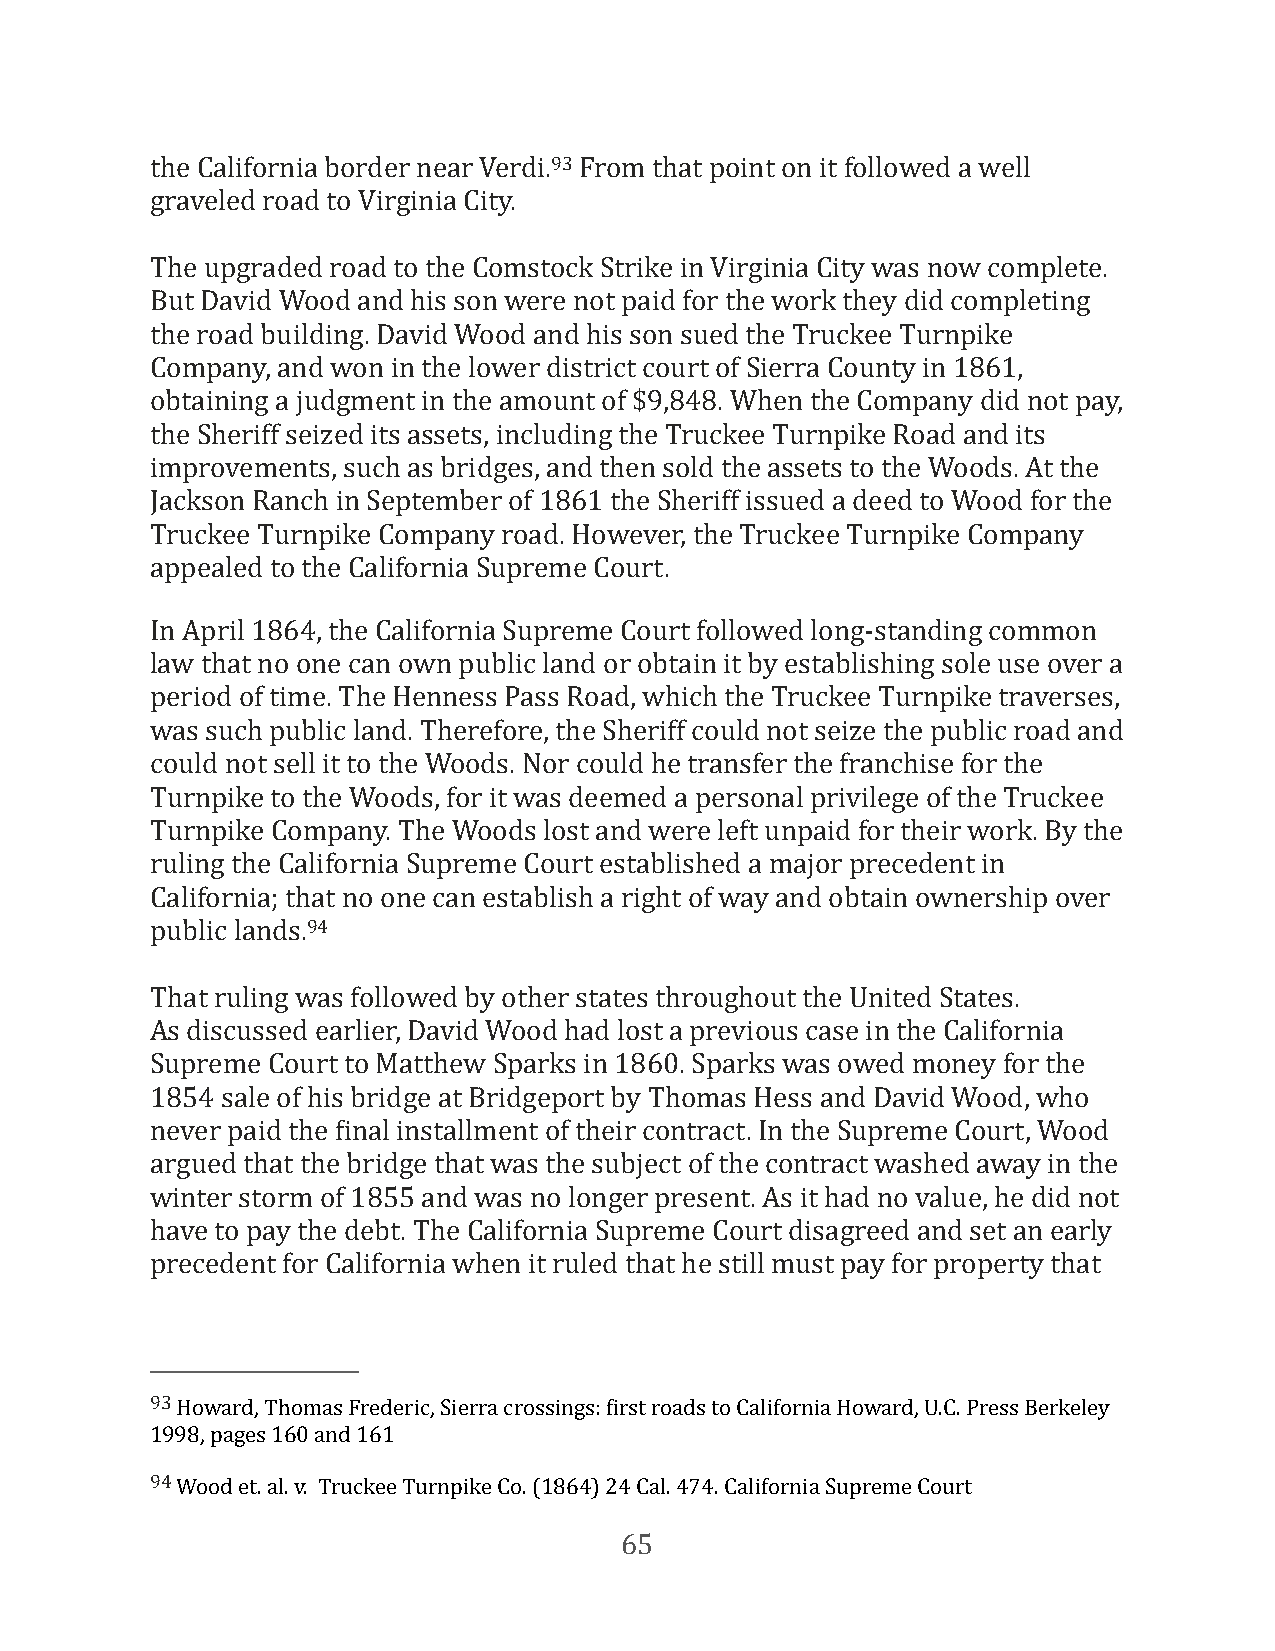
the California border near Verdi.93 From that point on it followed a well
 graveled road to Virginia City.
 The upgraded road to the Comstock Strike in Virginia City was now complete.
 But David Wood and his son were not paid for the work they did completing
 the road building. David Wood and his son sued the Truckee Turnpike
 Company, and won in the lower district court of Sierra County in 1861,
 obtaining a judgment in the amount of $9,848. When the Company did not pay,
 the Sheriff seized its assets, including the Truckee Turnpike Road and its
 improvements, such as bridges, and then sold the assets to the Woods. At the
 Jackson Ranch in September of 1861 the Sheriff issued a deed to Wood for the
 Truckee Turnpike Company road. However, the Truckee Turnpike Company
 appealed to the California Supreme Court.
 In April 1864, the California Supreme Court followed long-standing common
 law that no one can own public land or obtain it by establishing sole use over a
 period of time. The Henness Pass Road, which the Truckee Turnpike traverses,
 was such public land. Therefore, the Sheriff could not seize the public road and
 could not sell it to the Woods. Nor could he transfer the franchise for the
 Turnpike to the Woods, for it was deemed a personal privilege of the Truckee
 Turnpike Company. The Woods lost and were left unpaid for their work. By the
 ruling the California Supreme Court established a major precedent in
 California; that no one can establish a right of way and obtain ownership over
 public lands.94
 That ruling was followed by other states throughout the United States.
 As discussed earlier, David Wood had lost a previous case in the California
 Supreme Court to Matthew Sparks in 1860. Sparks was owed money for the
 1854 sale of his bridge at Bridgeport by Thomas Hess and David Wood, who
 never paid the Final installment of their contract. In the Supreme Court, Wood
 argued that the bridge that was the subject of the contract washed away in the
 winter storm of 1855 and was no longer present. As it had no value, he did not
 have to pay the debt. The California Supreme Court disagreed and set an early
 precedent for California when it ruled that he still must pay for property that
 93 Howard, Thomas Frederic, Sierra crossings: First roads to California Howard, U.C. Press Berkeley
 1998, pages 160 and 161
 94 Wood et. al. v. Truckee Turnpike Co. (1864) 24 Cal. 474. California Supreme Court
 65